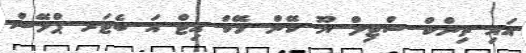
އައި ތިންކް ސްޓިލް ޔޫ ކޭން މޭކް އިޓް އަ ބެޓަރ ޕްލޭސް